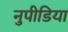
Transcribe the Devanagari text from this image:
नुपीडिया